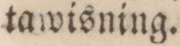
tawisning.